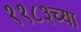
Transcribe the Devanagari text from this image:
११८३च्या